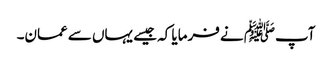
آپﷺ نے فرمایا کہ جیسے یہاں سے عمان۔